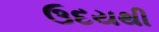
ઉદયથી